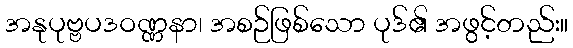
အနုပုဗ္ဗပဒဝဏ္ဏနာ၊ အစဉ်ဖြစ်သော ပုဒ်၏ အဖွင့်တည်း။